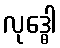
လုဒ္ဓေါ